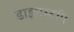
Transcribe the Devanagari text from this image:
डाइमस्टॉप